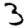
Digit: 3